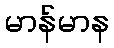
မာန်မာန